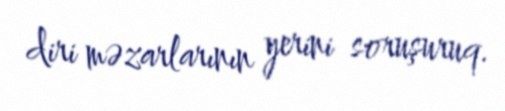
diri məzarlarının yerini soruşuruq.